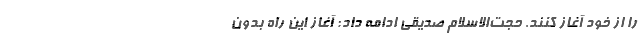
را از خود آغاز کنند. حجت‌الاسلام صدیقی ادامه داد: آغاز این راه بدون